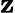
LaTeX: {\sf\mathbf{z}}